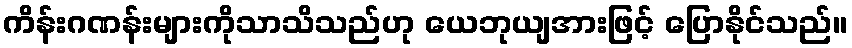
ကိန်းဂဏန်းများကိုသာသိသည်ဟု ယေဘုယျအားဖြင့် ပြောနိုင်သည်။